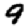
Digit: 9